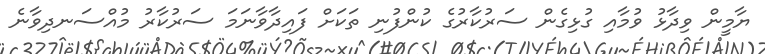
ޔާމީން ވިދާޅު ވުމާއި ގުޅިގެން ސަރުކާރުގެ ކުންފުނި ތަކަށް ފައިދާވާނަމަ ސަރުކާރު މުއްސަނދިވާނެ